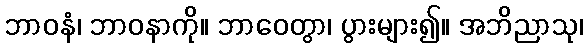
ဘာဝနံ၊ ဘာဝနာကို။ ဘာဝေတွာ၊ ပွားများ၍။ အဘိညာသု၊